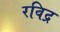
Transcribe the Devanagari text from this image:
रविद्र